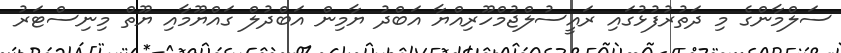
ސަލްމާންގެ މި ދަތުރުފުޅުގައި ރައީސުލްޖުމްހޫރިއްޔާ އަބްދު ޔާމިން އަބްދުލް ގައްޔޫމާއި ޔޫތް މިނިސްޓަރު